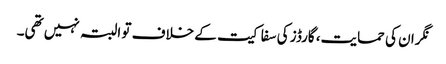
نگران کی حمایت، گارڈز کی سفاکیت کے خلاف تو البتہ نہیں تھی۔